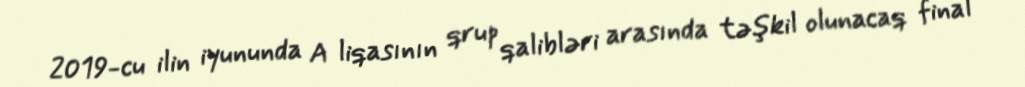
2019-cu ilin iyununda A liqasının qrup qalibləri arasında təşkil olunacaq final